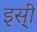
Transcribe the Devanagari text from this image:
इस्ी